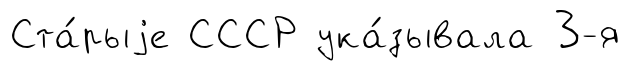
Ста́рыjе СССР ука́зывала 3-я